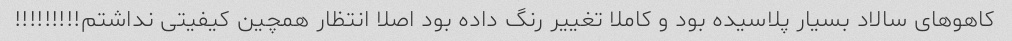
کاهوهای سالاد بسیار پلاسیده بود و کاملا تغییر رنگ داده بود اصلا انتظار همچین کیفیتی نداشتم!!!!!!!!!